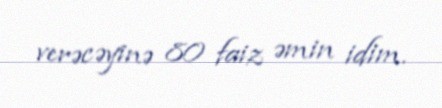
verəcəyinə 80 faiz əmin idim.